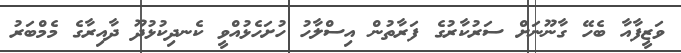
ވަޒީފާއާ ބެހޭ ގާނޫނަށް ސަރުކާރުގެ ފަރާތުން އިސްލާހު ހުށަހެޅުއްވީ ކެނދިކުޅުދޫ ދާއިރާގެ މެމްބަރު